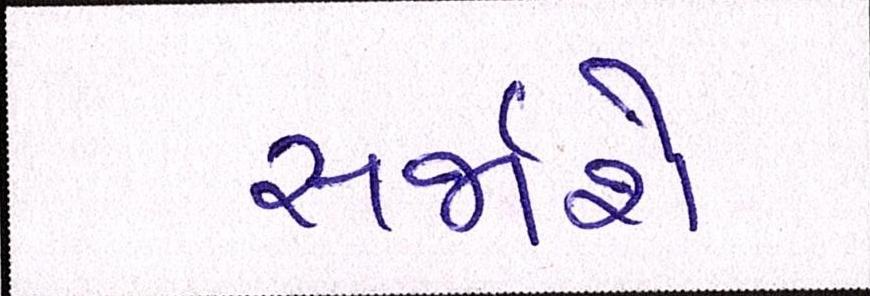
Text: સર્જાશે